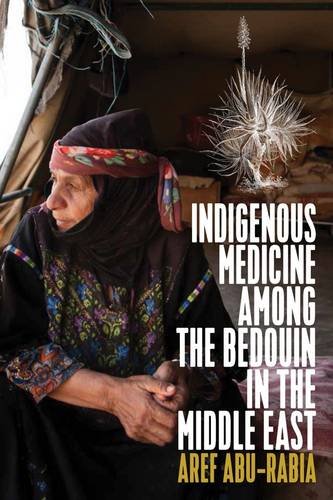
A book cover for Indigenous Medicine Among the Bedouin in the Middle East; Aref Abu-Rabia; Politics & Social Sciences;